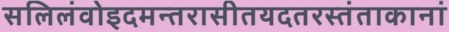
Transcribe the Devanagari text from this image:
सलिलंवोइदमन्तरासीतयदतरस्तंताकानां